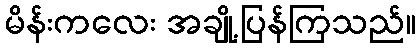
မိန်းကလေး အချို့ပြန်ကြသည်။